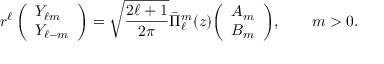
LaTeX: r ^ { \ell } \, { \left( \begin{array} { l } { Y _ { \ell m } } \\ { Y _ { \ell - m } } \end{array} \right) } = { \sqrt { \frac { 2 \ell + 1 } { 2 \pi } } } { \bar { \Pi } } _ { \ell } ^ { m } ( z ) { \left( \begin{array} { l } { A _ { m } } \\ { B _ { m } } \end{array} \right) } , \qquad m > 0 .